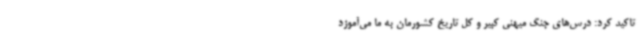
تاکید کرد: درس‌های جنگ میهنی کبیر و کل تاریخ کشورمان به ما می‌آموزد